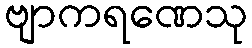
ဗျာကရဏေသု